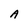
Character: A